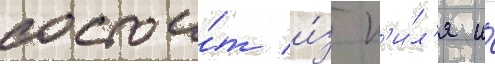
состои́т и́з к'и́л'я и́